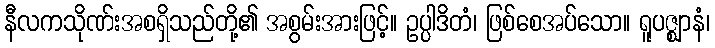
နီလကသိုဏ်းအစရှိသည်တို့၏ အစွမ်းအားဖြင့်။ ဥပ္ပါဒိတံ၊ ဖြစ်စေအပ်သော။ ရူပဇ္ဈာနံ၊